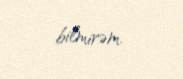
bilmirəm.